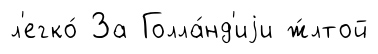
л'егко́ За Голла́нд'иjи ж́лтой